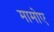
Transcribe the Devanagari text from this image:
मामोए